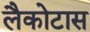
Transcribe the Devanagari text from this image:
लैकोटास